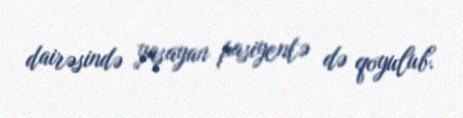
dairəsində yaşayan pasiyentə də qoyulub.